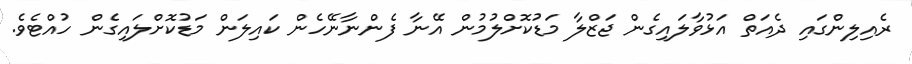
ރެއިލިންގައި ދެއަތް އަޅުވާލައިގެން ޖަޒްލާ މަޑުކޮށްލުމުން އޭނާ ފެންނާނޭހެން ކައިލަން މަޑުކޮށްލައިގެން ހުއްޓެވެ.